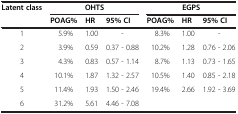
<table><thead><tr><td><b>Latent class</b></td><td colspan="3"><b>OHTS</b></td><td colspan="3"><b>EGPS</b></td></tr><tr><td><b> </b></td><td><b>POAG%</b></td><td><b>HR</b></td><td><b>95% CI</b></td><td><b>POAG%</b></td><td><b>HR</b></td><td><b>95% CI</b></td></tr></thead><tbody><tr><td>1</td><td>5.9%</td><td>1.00</td><td>-</td><td>8.3%</td><td>1.00</td><td>-</td></tr><tr><td>2</td><td>3.9%</td><td>0.59</td><td>0.37 - 0.88</td><td>10.2%</td><td>1.28</td><td>0.76 - 2.06</td></tr><tr><td>3</td><td>4.3%</td><td>0.83</td><td>0.57 - 1.14</td><td>8.7%</td><td>1.13</td><td>0.73 - 1.65</td></tr><tr><td>4</td><td>10.1%</td><td>1.87</td><td>1.32 - 2.57</td><td>10.5%</td><td>1.40</td><td>0.85 - 2.18</td></tr><tr><td>5</td><td>11.4%</td><td>1.93</td><td>1.50 - 2.46</td><td>19.4%</td><td>2.66</td><td>1.92 - 3.69</td></tr><tr><td>6</td><td>31.2%</td><td>5.61</td><td>4.46 - 7.08</td><td> </td><td> </td><td> </td></tr></tbody></table>